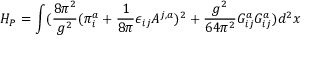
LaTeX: H _ { P } = \int ( \frac { 8 \pi ^ { 2 } } { g ^ { 2 } } ( \pi _ { i } ^ { a } + \frac { 1 } { 8 \pi } \epsilon _ { i j } A ^ { j , a } ) ^ { 2 } + \frac { g ^ { 2 } } { 6 4 \pi ^ { 2 } } G _ { i j } ^ { a } G _ { i j } ^ { a } ) d ^ { 2 } x